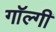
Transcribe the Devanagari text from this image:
गॉल्गी